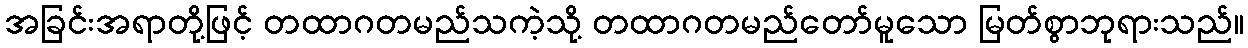
အခြင်းအရာတို့ဖြင့် တထာဂတမည်သကဲ့သို့ တထာဂတမည်တော်မူသော မြတ်စွာဘုရားသည်။